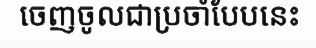
ចេញចូលជាប្រចាំបែបនេះ